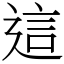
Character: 這